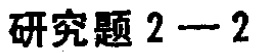
研究题 2—2